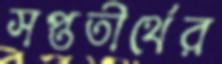
সপ্ততীর্থের